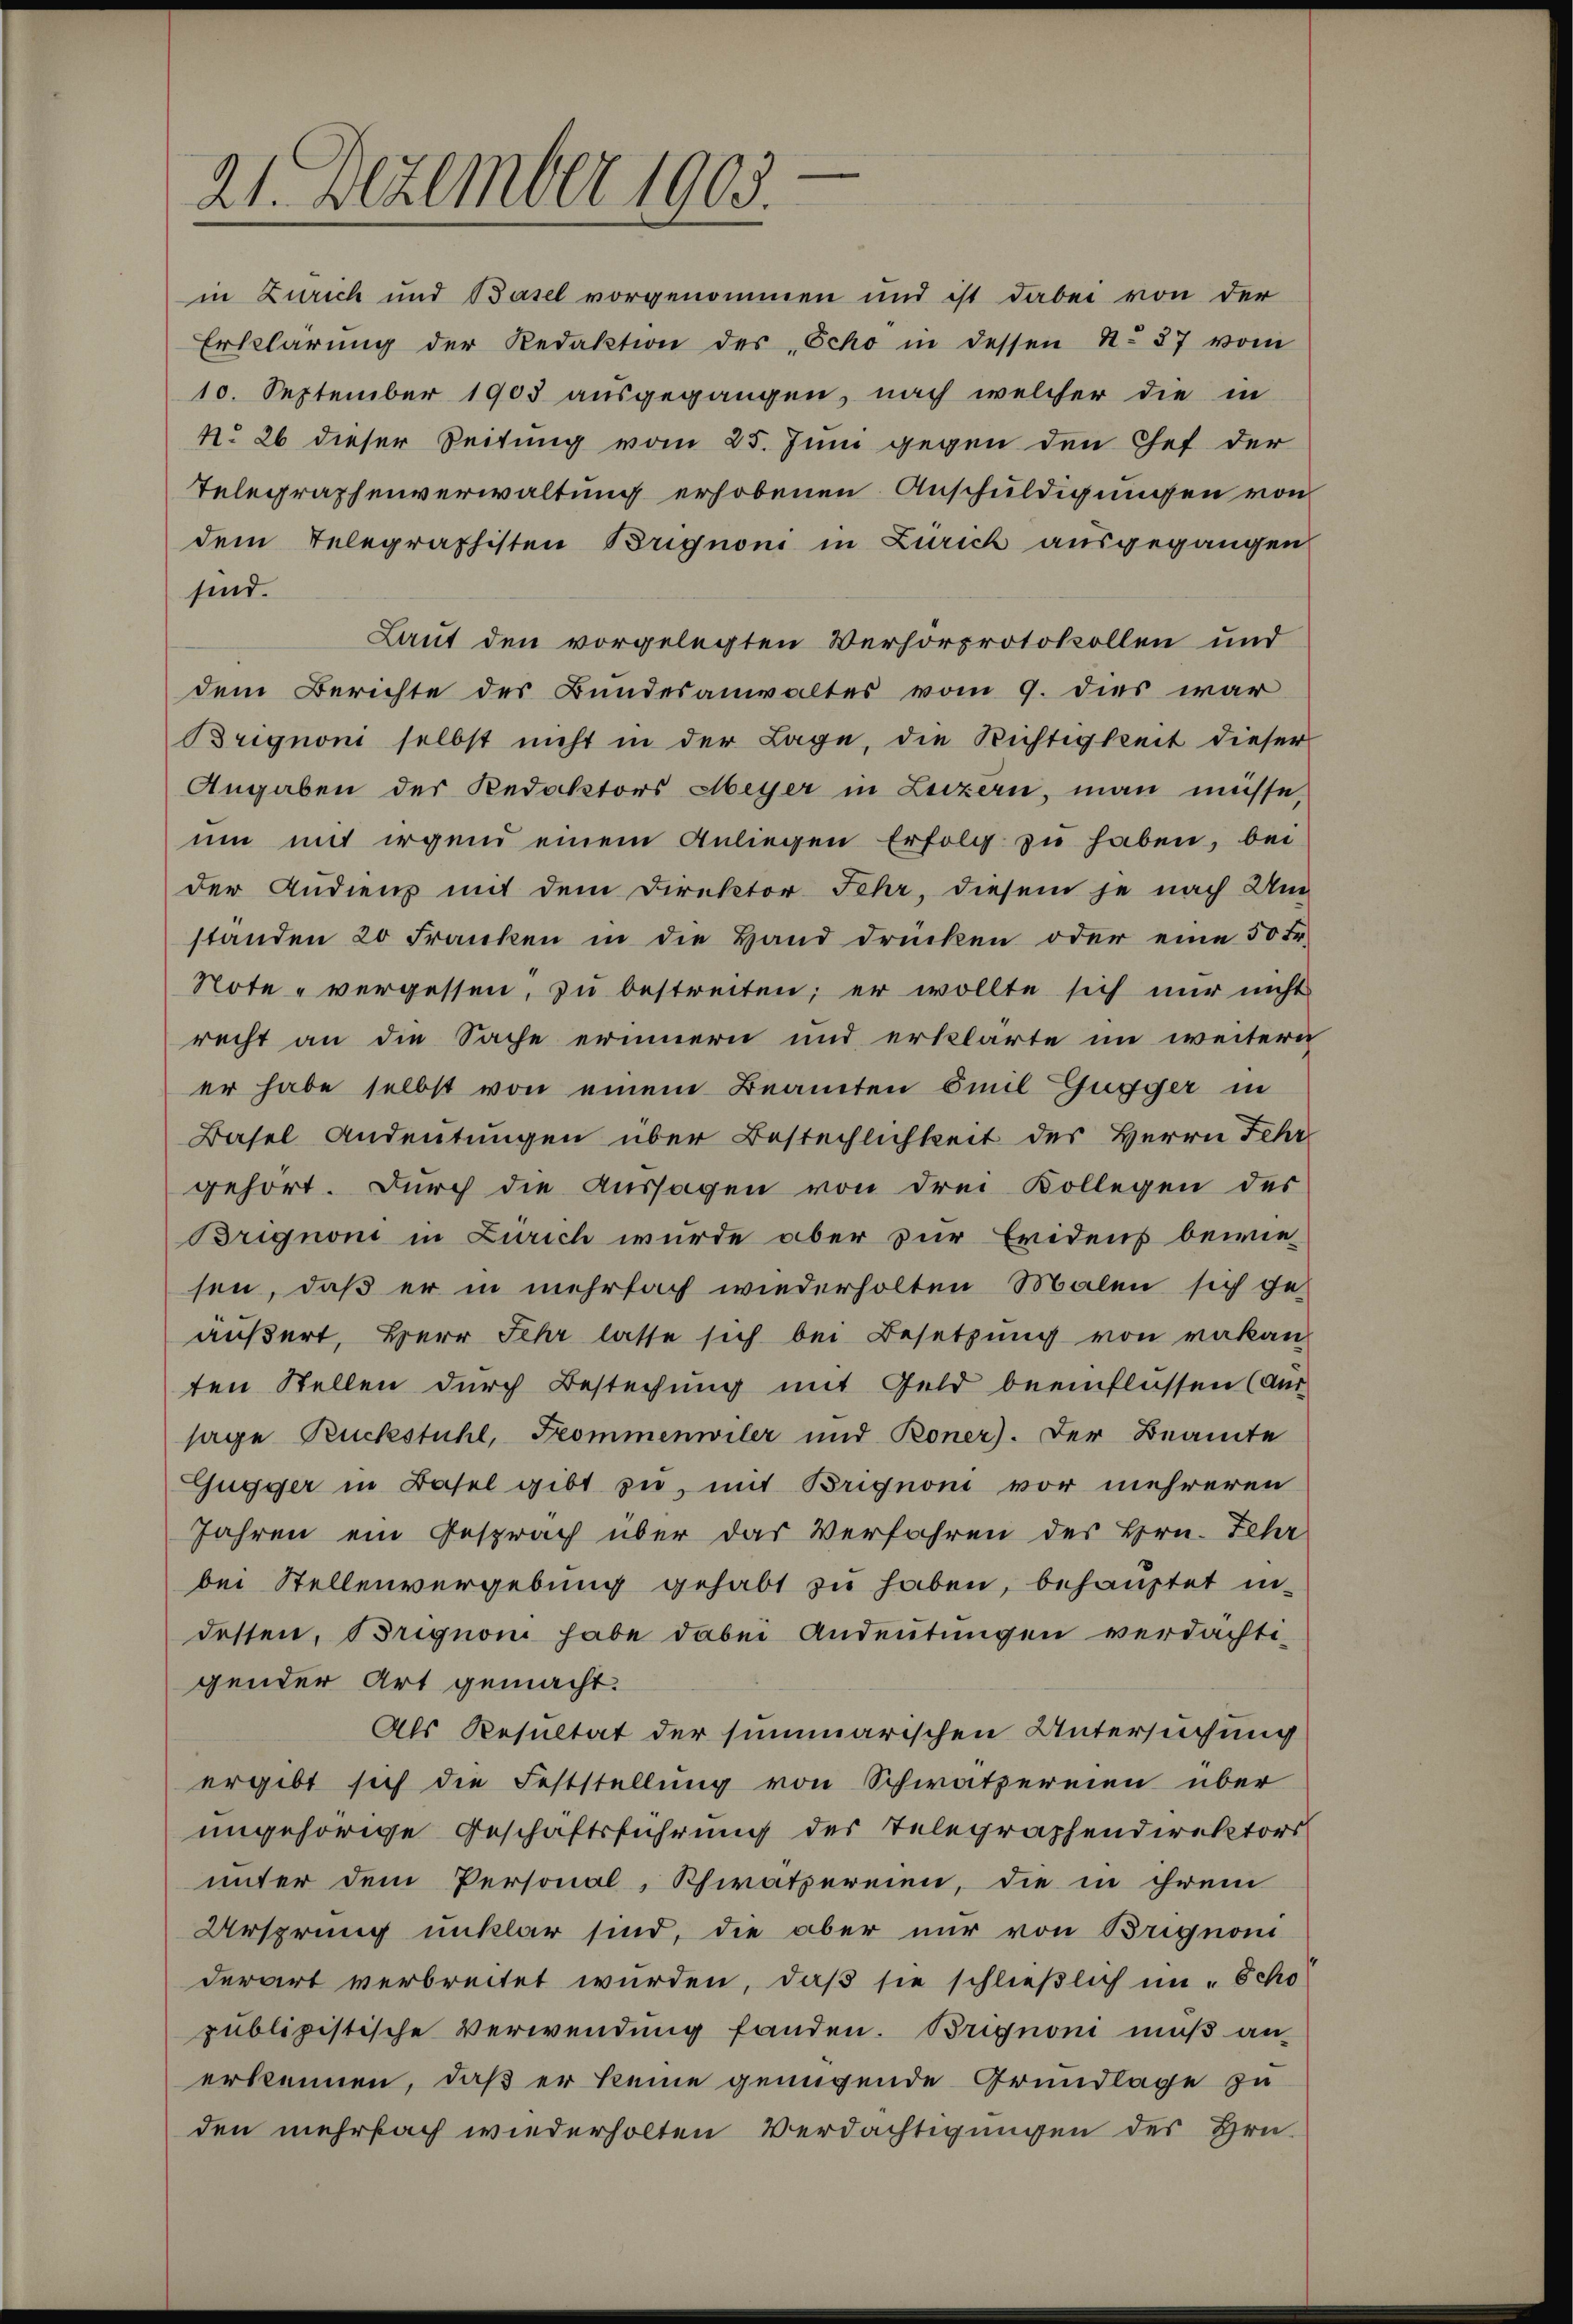
21. Dezember 1905.

in Zürich und Basel vorgenommen und ist dabei von der
Erklärŭng der Redaktion des Scho in dessen N. 27 vom
10. September 1903 ausgegangen, nach welcher die in
No 26 dieser Seitung vom 25. Juni gegen den Chef der
Telegraphenverwaltung erhobenen Anschuldigungen von
dem Telegraphisten Brignoni in Zürich ausgegangen
sind.
Laut den vorgelegten Verhorprotokollen und
dem Berichte des Bundesanwaltes vom 9. dies war
Brignoni selbst nicht in der Lage, die Richtigkeit dieser
Angaben der Redaktors Meyer in Luzern, man müsse,
ŭm mit irgend einem Anliegen Erfolg zŭ haben, bei
der Audiens mit dem Direktor Fehr, diesem je nach Um
standen 20 Franken in die Hand drücken oder eine 50 Fr.
Note - vergessen, zu bestreiten; er wollte sich nur nicht
recht an die Sache erinnern und erklärte im weitern
er habe selbst von einem Beamten Emil Gugger in
Basel Andeutungen über Bestechlichkeit des Herrn Fehr
gehört. Durch die Aussagen von drei Kollegen des
Brignoni in Zürich wurde aber zur Eridens bewie
sen, daß er in mehrfach wiederholten Malen sich ge-
äußert, Herr Sehr lasse sich bei Besetzung von vakan
ten Stellen durch Bestechung mit Geld beeinflüssen (Aus-
sage Ruckstuhl, Frommenwiler und Roner). Der Beamte
Gugger in Basel gibt zu, mit Brignon vor mehreren
Jahren ein Gesprach über das Verfahren des Hrn. Fehr
bei Stellenvergebŭng gehabt zŭ haben, behauptet in
dessen, Brignon habe dabei Andeutungen verdächti-
gender Art gemacht.
Als Resultat der summarischen Untersuchung
ergibt sich die Feststellung von Schwatzereien über
ungehörige Geschäftsführung der Telegraphendirektors
unter dem Personal, Schwatzereien, die in ihrem
Ursprung unklar sind, die aber nur von Brignoni
derart verbreitet wurden, daß sie schließlich in - Scho
publipistische Verwendung fanden. Brignoni muß an-
erkennen, daß er keine genügende Grundlage zu
den mehrfach wiederholten Verdächtigungen des Hrn.